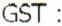
GST :